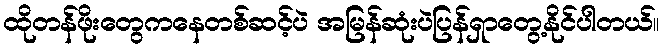
ထိုတန်ဖိုးတွေကနေတစ်ဆင့်ပဲ အမြန်ဆုံးပဲပြန်ရှာတွေ့နိုင်ပါတယ်။